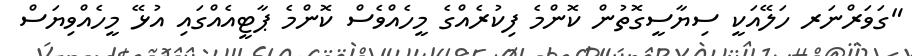
"ގަވަރްނަރ ހަލޭއަކީ ސިޔާސީގޮތުން ކޮންމެ ފިކުރެއްގެ މީހެއްވެސް ކޮންމެ ޕާޓީއެއްގައި އުޅޭ މީހެއްވިޔަސް